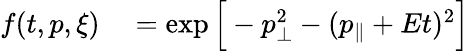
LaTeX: \begin{array}{rl}{f(t,p,\xi)}&{{}=\exp\Big[-p_{\perp}^{2}-(p_{\parallel}+Et)^{2}\Big]}\end{array}